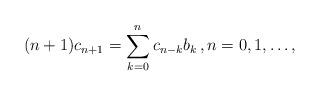
LaTeX: \begin{align*}(n+1)c_{n+1} = \sum_{k=0}^n c_{n-k}b_k\,,n=0,1,\ldots,\end{align*}